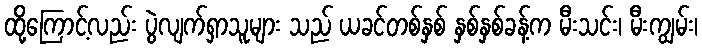
ထို့ကြောင့်လည်း ပွဲလျက်ရှာသူများ သည် ယခင်တစ်နှစ် နှစ်နှစ်ခန့်က မီးသင်း၊ မီးကျွမ်း၊